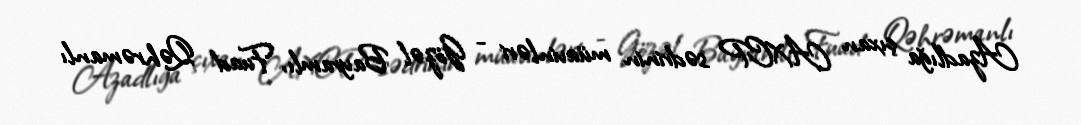
Azadlığa çıxan AXCP sədrinin müavinləri - Gözəl Bayramlı, Fuad Qəhrəmanlı